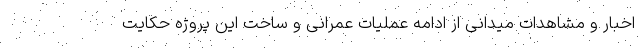
اخبار و مشاهدات میدانی از ادامه عملیات عمرانی و ساخت این پروژه حکایت